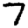
Digit: 7